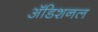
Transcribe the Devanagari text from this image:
अॅडिशनल